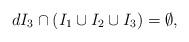
LaTeX: \begin{align*}d I_3 \cap (I_1 \cup I_2 \cup I_3) = \emptyset,\end{align*}